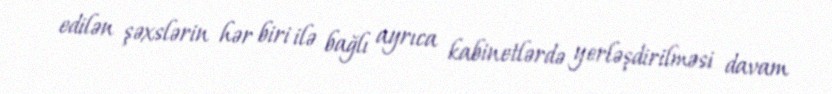
edilən şəxslərin hər biri ilə bağlı ayrıca kabinetlərdə yerləşdirilməsi davam